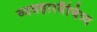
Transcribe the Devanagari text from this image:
व्यवहारवैचित्र्य